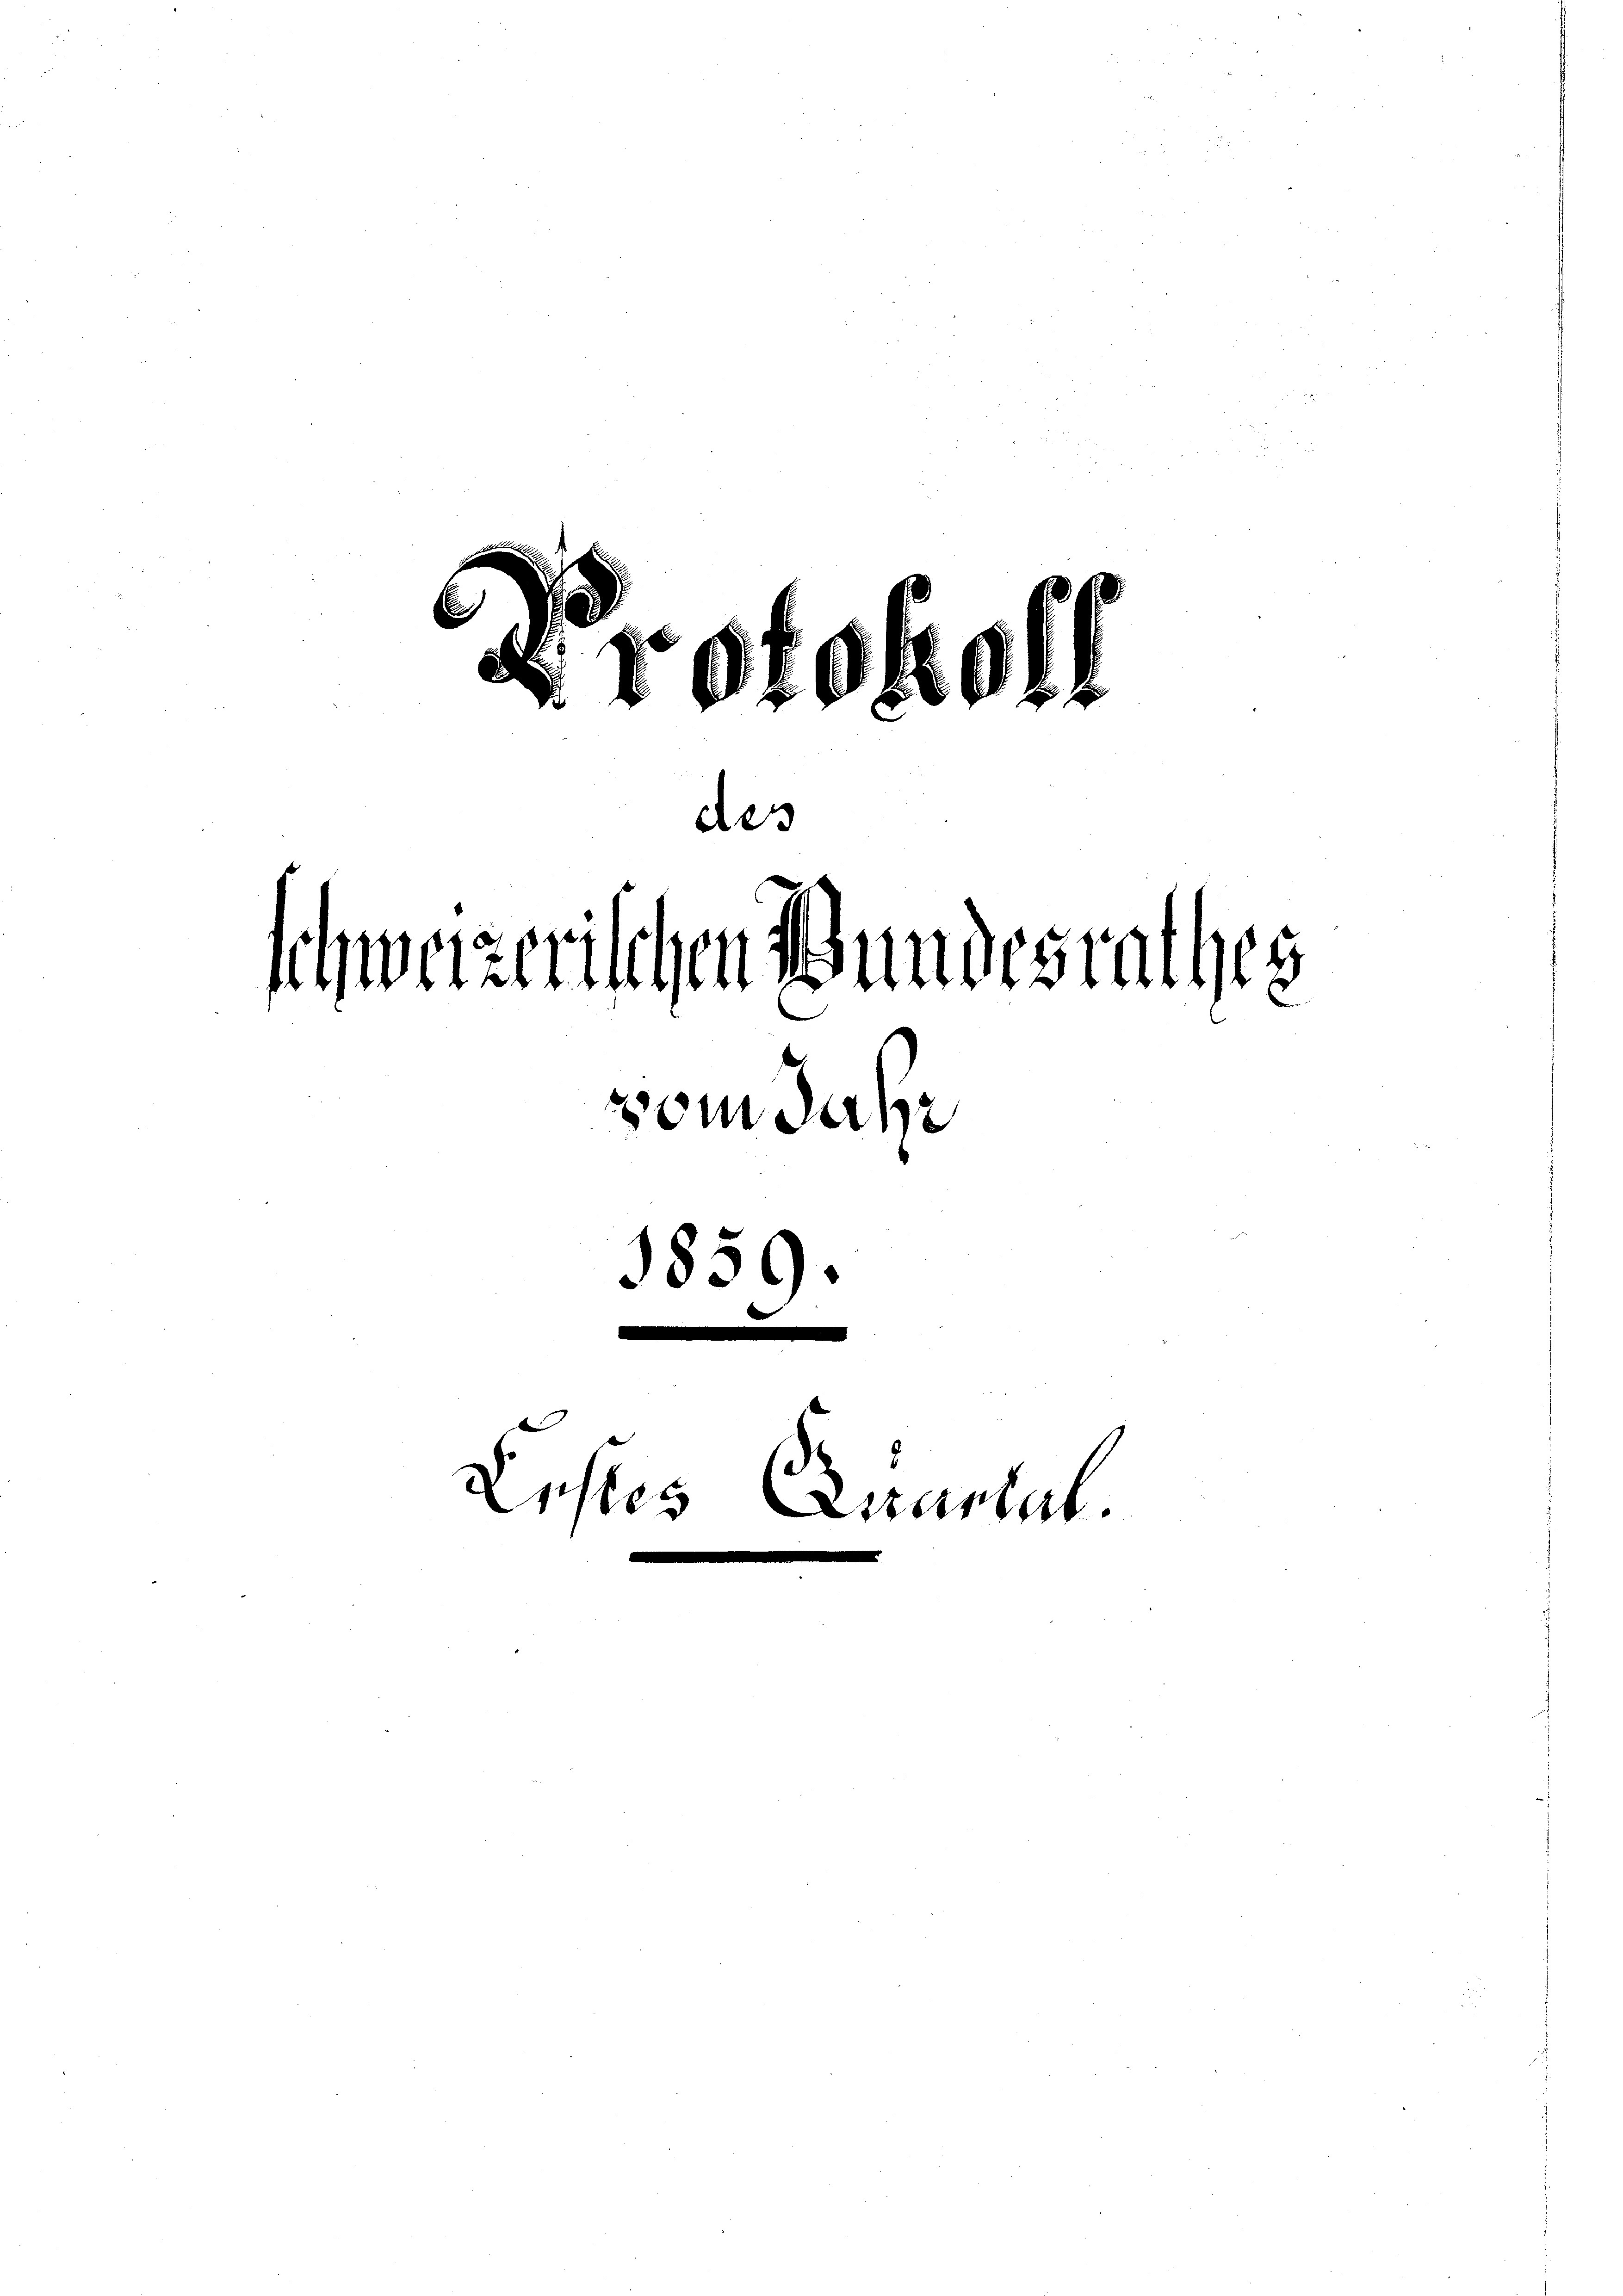
Protokoll
de

C

schweizerischen Bundesig
vom Jahr
1859.
Lustes Ericantat.